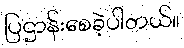
ပြဌာန်းစေခဲ့ပါတယ်။